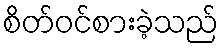
စိတ်ဝင်စားခဲ့သည်